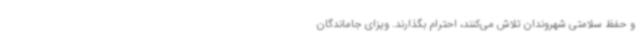
و حفظ سلامتی شهروندان تلاش می‌کنند، احترام بگذارند. ویزای جاماندگان